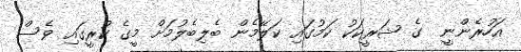
އަހުރެންނީ  ގެ ޝަރީކަކު ކަމުގައި ކަލޭމެން ބެލިބެލުމަށް މީގެ ކުރީގައި ވެސް